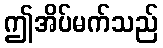
ဤအိပ်မက်သည်